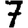
Digit: 7